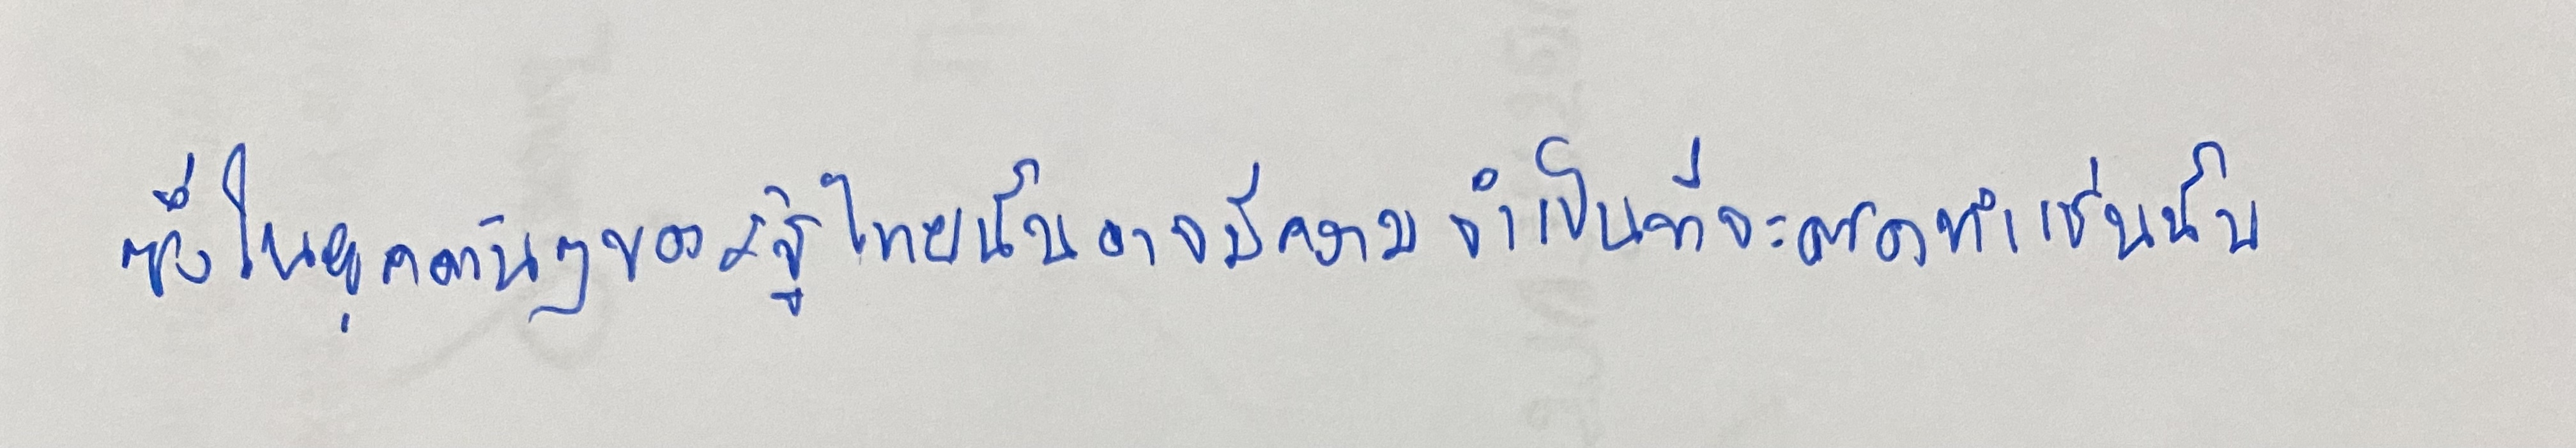
ซึ่งในยุคต้นๆของรัฐไทยนั้นอาจมีความจำเป็นที่จะต้องทำเช่นนั้น